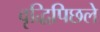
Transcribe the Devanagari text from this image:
वृद्धिपिछले